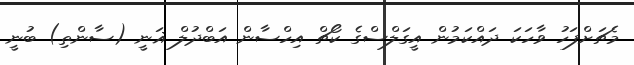
މެޗަށްފަހު ވާހަކަ ދައްކަމުން އީގަލްސްގެ ކޯޗް އިހްސާން އަބްދުލް ޣަނީ (ސާންތި) ބުނީ